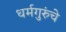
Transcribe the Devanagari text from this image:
धर्मगुरुंचे